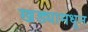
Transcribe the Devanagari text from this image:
खड्यामधून